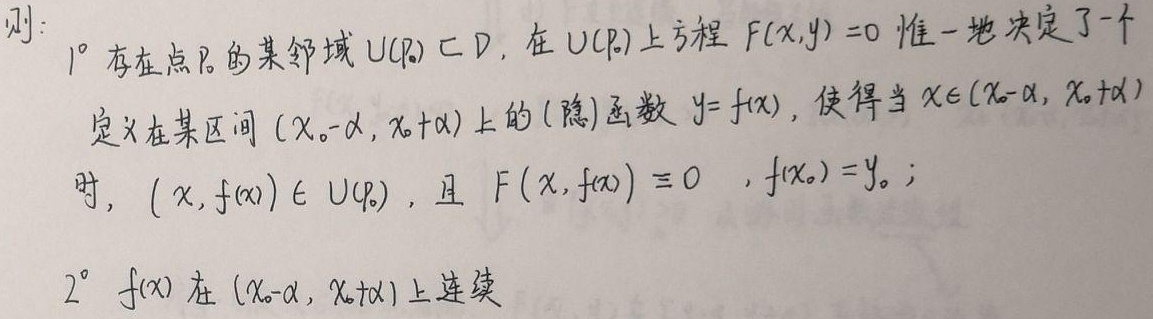
则：
\(1^{\circ}\) 存在点\(P_0\)的某邻域 \(U(P_0)\subset D\)，在 \(U(P_0)\)上方程 \(F(x,y)=0\) 惟一地决定了一个定义在某区间 \((x_0 - \alpha, x_0+\alpha)\)上的(隐)函数 \(y = f(x)\)，使得当 \(x\in(x_0 - \alpha, x_0+\alpha)\)时，\((x,f(x))\in U(P_0)\)，且 \(F(x,f(x))\equiv 0\) ，\(f(x_0)=y_0\)；
\(2^{\circ}\) \(f(x)\) 在 \((x_0 - \alpha, x_0+\alpha)\)上连续